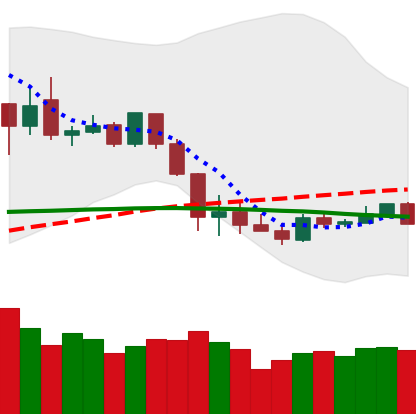
Ticker: XLM-USD
Chart end date: 2020-03-07
Forward return: -42.747%
Label: down_7plus